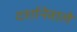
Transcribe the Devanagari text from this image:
दर्शानेवाले